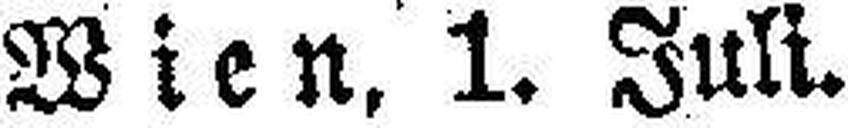
Wien, 1. Juli.